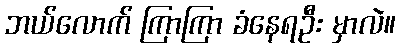
ဘယ်လောက် ကြာကြာ ခံနေရဦး မှာလဲ။